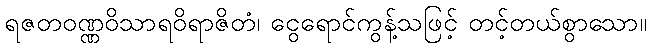
ရဇတဝဏ္ဏဝိသာရဝိရာဇိတံ၊ ငွေရောင်ကွန့်သဖြင့် တင့်တယ်စွာသော။